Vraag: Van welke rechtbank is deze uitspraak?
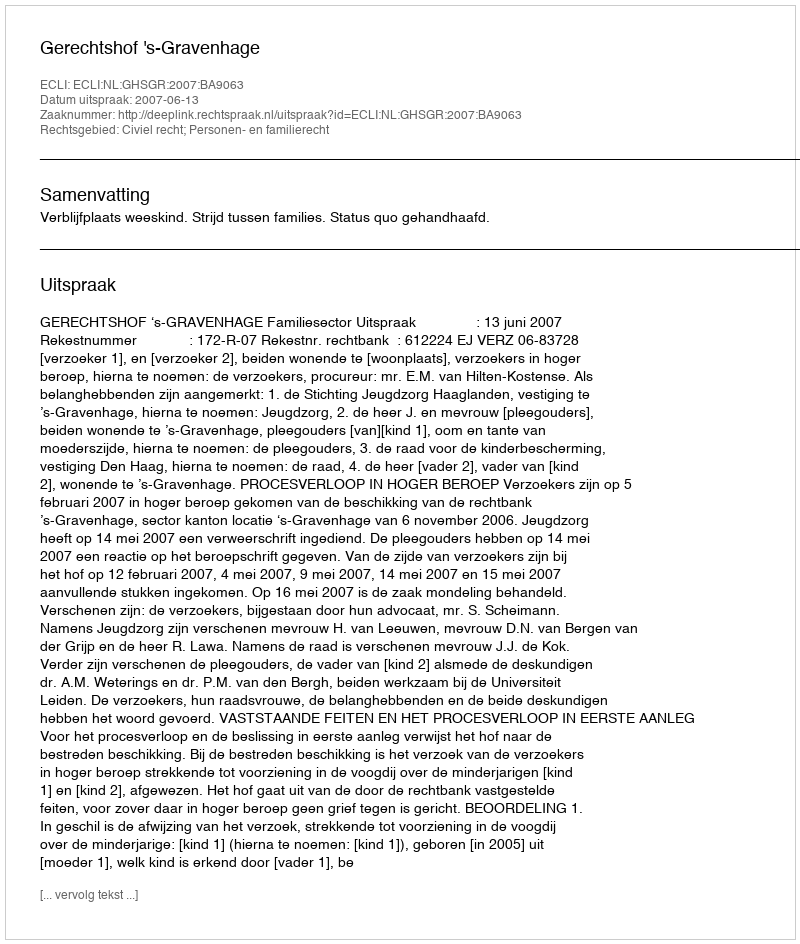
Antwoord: Gerechtshof 's-Gravenhage